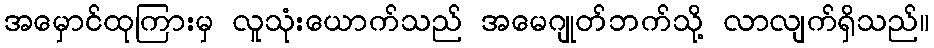
အမှောင်ထုကြားမှ လူသုံးယောက်သည် အမေဂျုတ်ဘက်သို့ လာလျက်ရှိသည်။